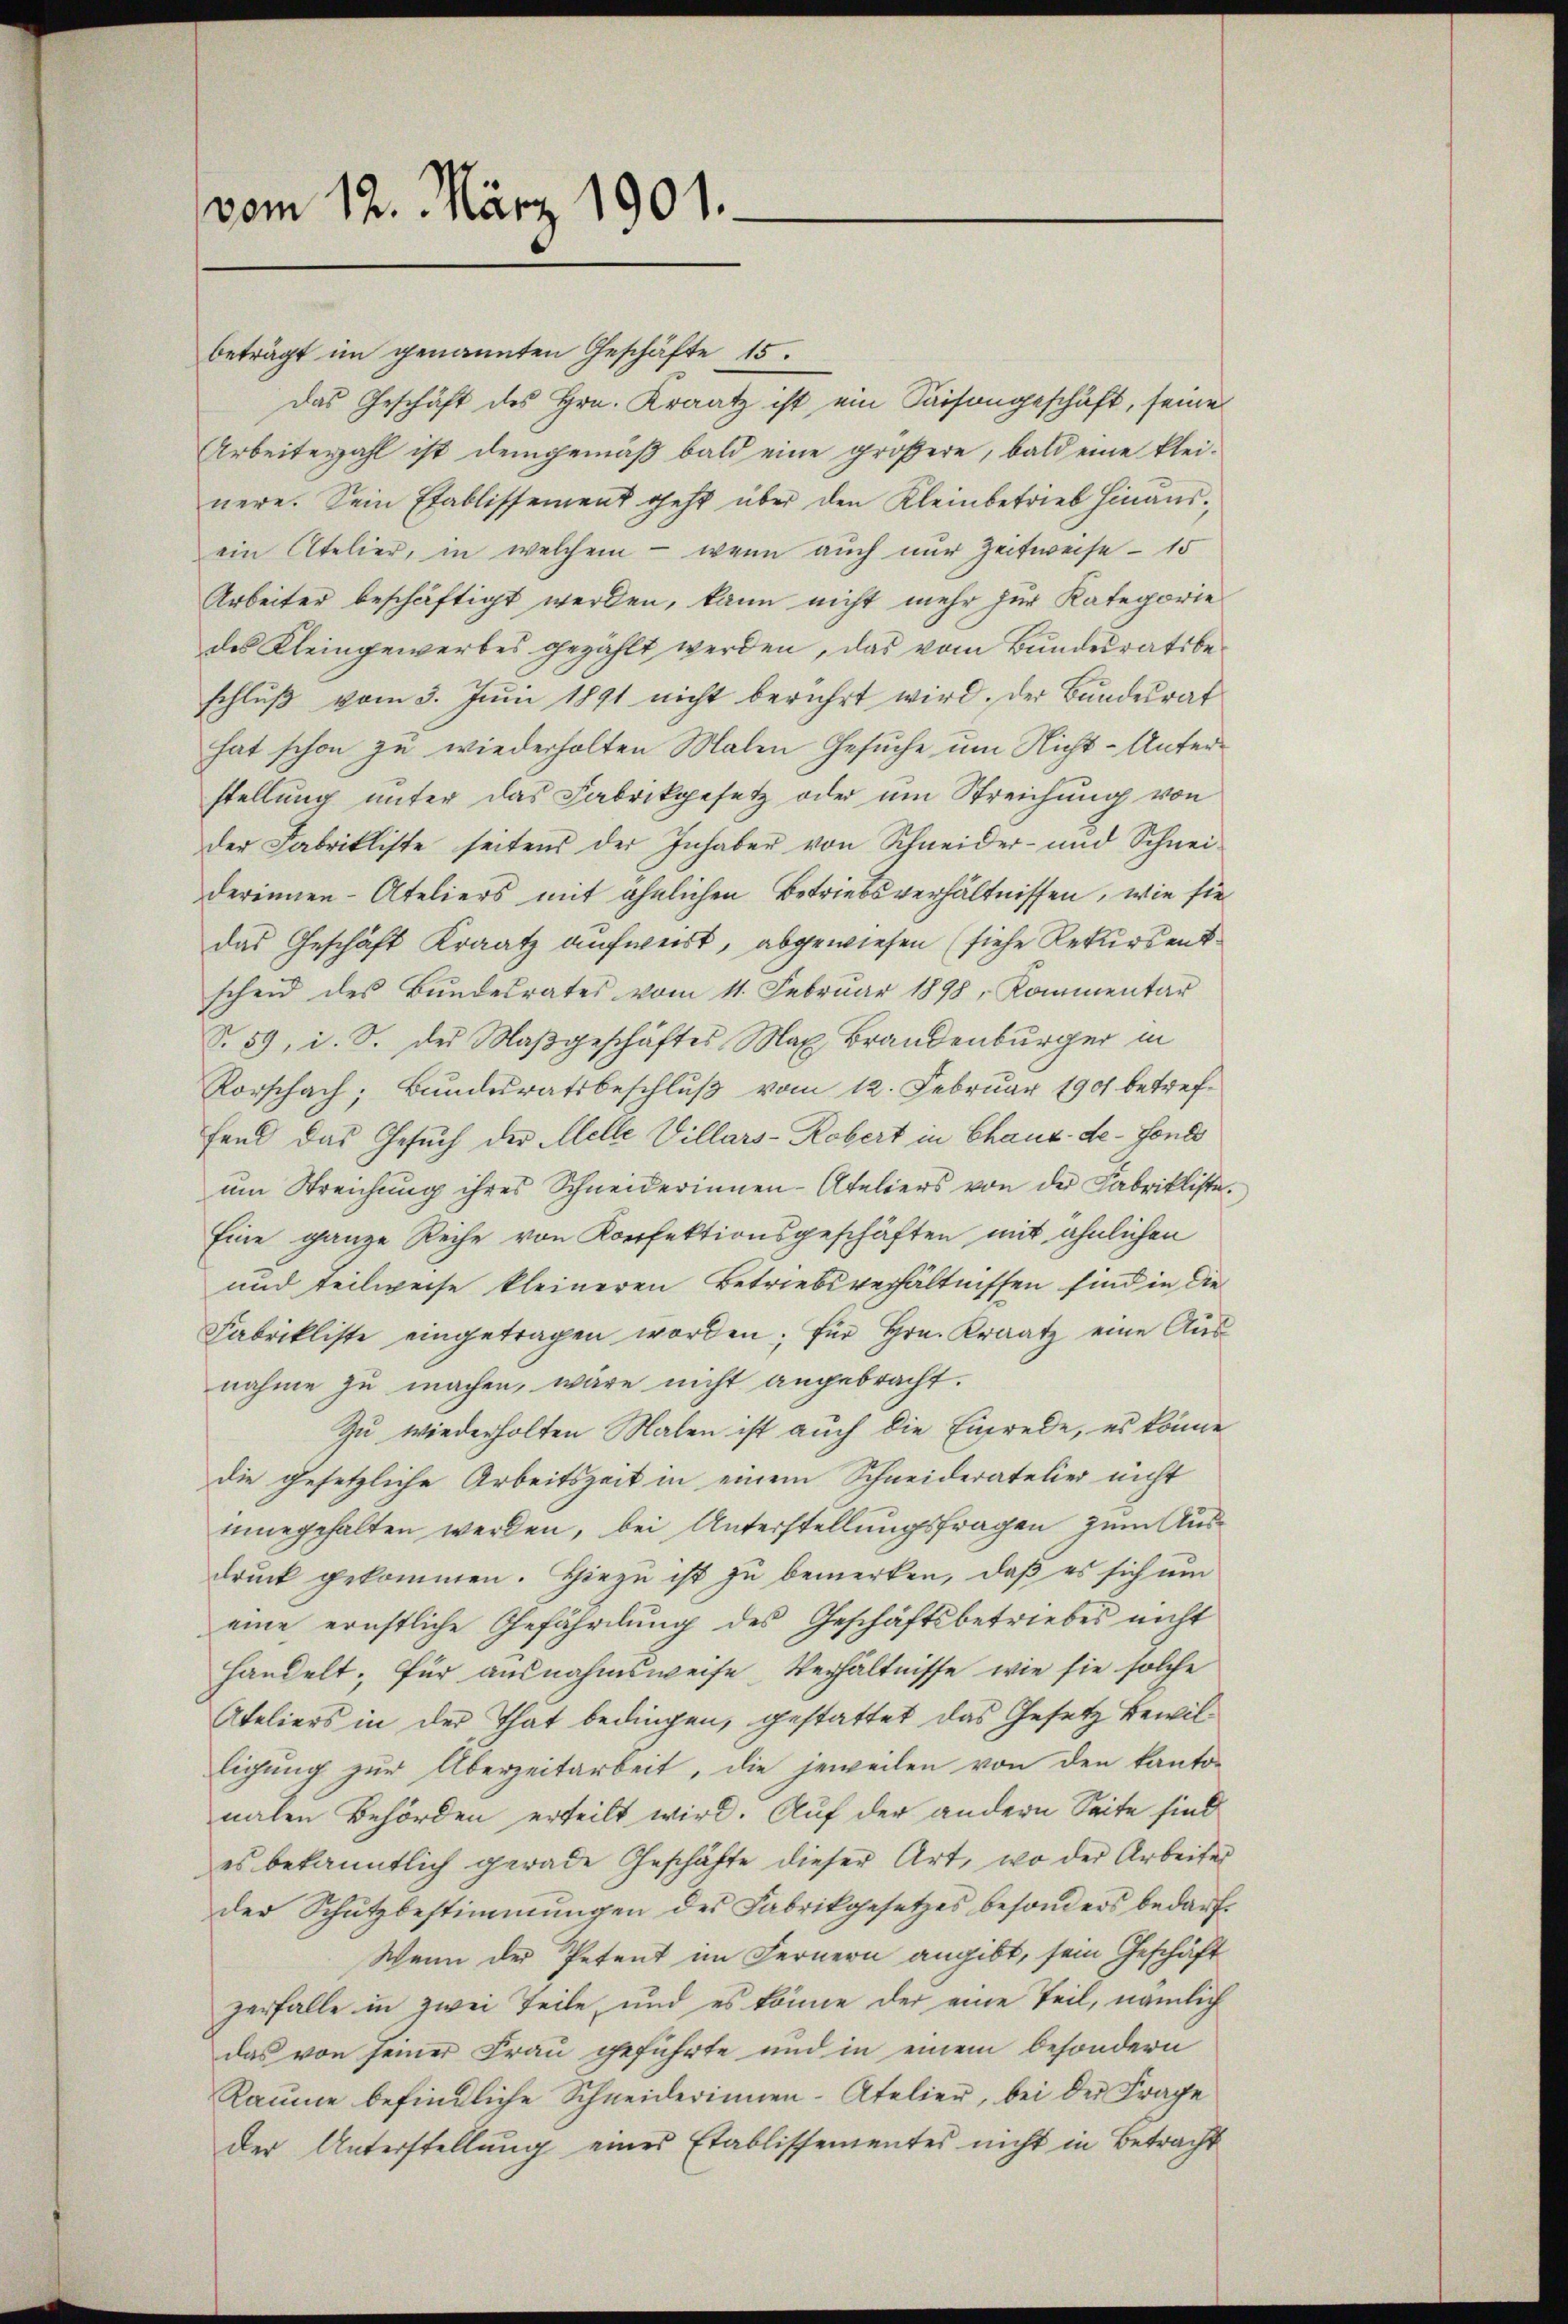
vom 12. März 1901.

beträgt im genannten Geschäfte 15.
Das Geschäft des Hrn. Kraatz ist ein Saisongeschäft, seine
Arbeitezahl ist demgemäß bald eine größere, bald eine kleinere. Sein Etablissement geht über den Kleinbetrieb hinausein Atelier, in welchem - wenn auch nur Zeitweise - 15
Arbeiter beschäftigt werden, kann nicht mehr zur Kategorie
des Kleingewerbes gezählt werden, das vom Bundesratsbeschluß vom 3. Juni 1891 nicht berührt wird. Der Bundesrat
hat schon zu wiederholten Malen Gesuche um Nicht-Unterstellung unter das Fabrikgesetz oder um Streichung von
der Fabrikliste seitens der Inhaber von Schneider- und Schneiderinnen- Ateliers mit ähnlichen Betriebsverhältnissen, wie sie
das Geschäft Kraatz aufweist, abgewiesen (siehe Rekursentscheid des Bundesrates vom 11. Februar 1898, Kommentar
S. 59, d. S. der Maβgeschäftes Max Brandenburger in
Rorschach; Bundesratsbeschluß vom 12. Februar 1901 betreffend das Gesuch der Melle Villars-Robert in Chaux-de-Fonds
um Streichung ihres Schneiderinnen-Ateliers von der Fabrikliste
Eine ganze Reihe von Konfektionsgeschäften mit ähnlichen
und teilweise kleineren Betriebsverhältnissen sind in die
Fabrikliste eingetragen worden; für Hrn. Kraatz eine Ausnahme zu machen, wäre nicht angebracht.
Zu wiederholten Malen ist auch die Einrede, es könne
die gesetzliche Arbeitszeit in einem Schneideratelier nicht
ninegehalten werden, bei Unterstellungsfragen zum Ausdrŭck gekommen. Hiezu ist zu bemerken, daß es sich um
eine ernstliche Gefährlung des Geschäftsbetriebes nicht
handelt, für ausnahmsweise Verhältnisse, wie sie solche
Ateliers in der That bedingen, gestattet das Gesetz bewilligung zur Überzeitarbeit, die jeweilen von den kanto-
nalen Behörden erteilt wird. Auf der andern Seite sind
es bekanntlich gerade Geschäfte dieser Art, wo der Arbeites
der Schŭtzbestimmungen des Fabrikgesetzes besonders bedarf.
Wenn der Petent im Fernern angibt, sein Geschäft
zerfalle in zwei Teile, und es könne der eine Teil, nämlich
das von seiner Frau geführte und in einem besondern
Raume befindliche Schneiderinnen-Atelier, bei der Frage
Der Unterstellung eines Etablissementes nicht in Betracht